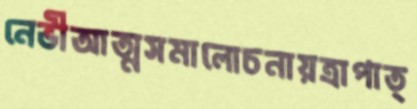
নেভীআত্মসমালোচনায়ত্রাপাত্